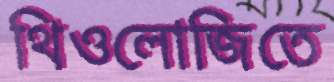
থিওলোজিতে